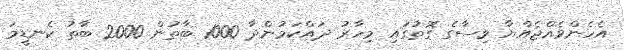
އެހެންވެއްޖެއްޔާ ވިސާގެ ގޮތުގައި މިހާރު ދައްކަމުންދާ 1000 ބާތުން 2000 ބާތު ކެނޑީމަ